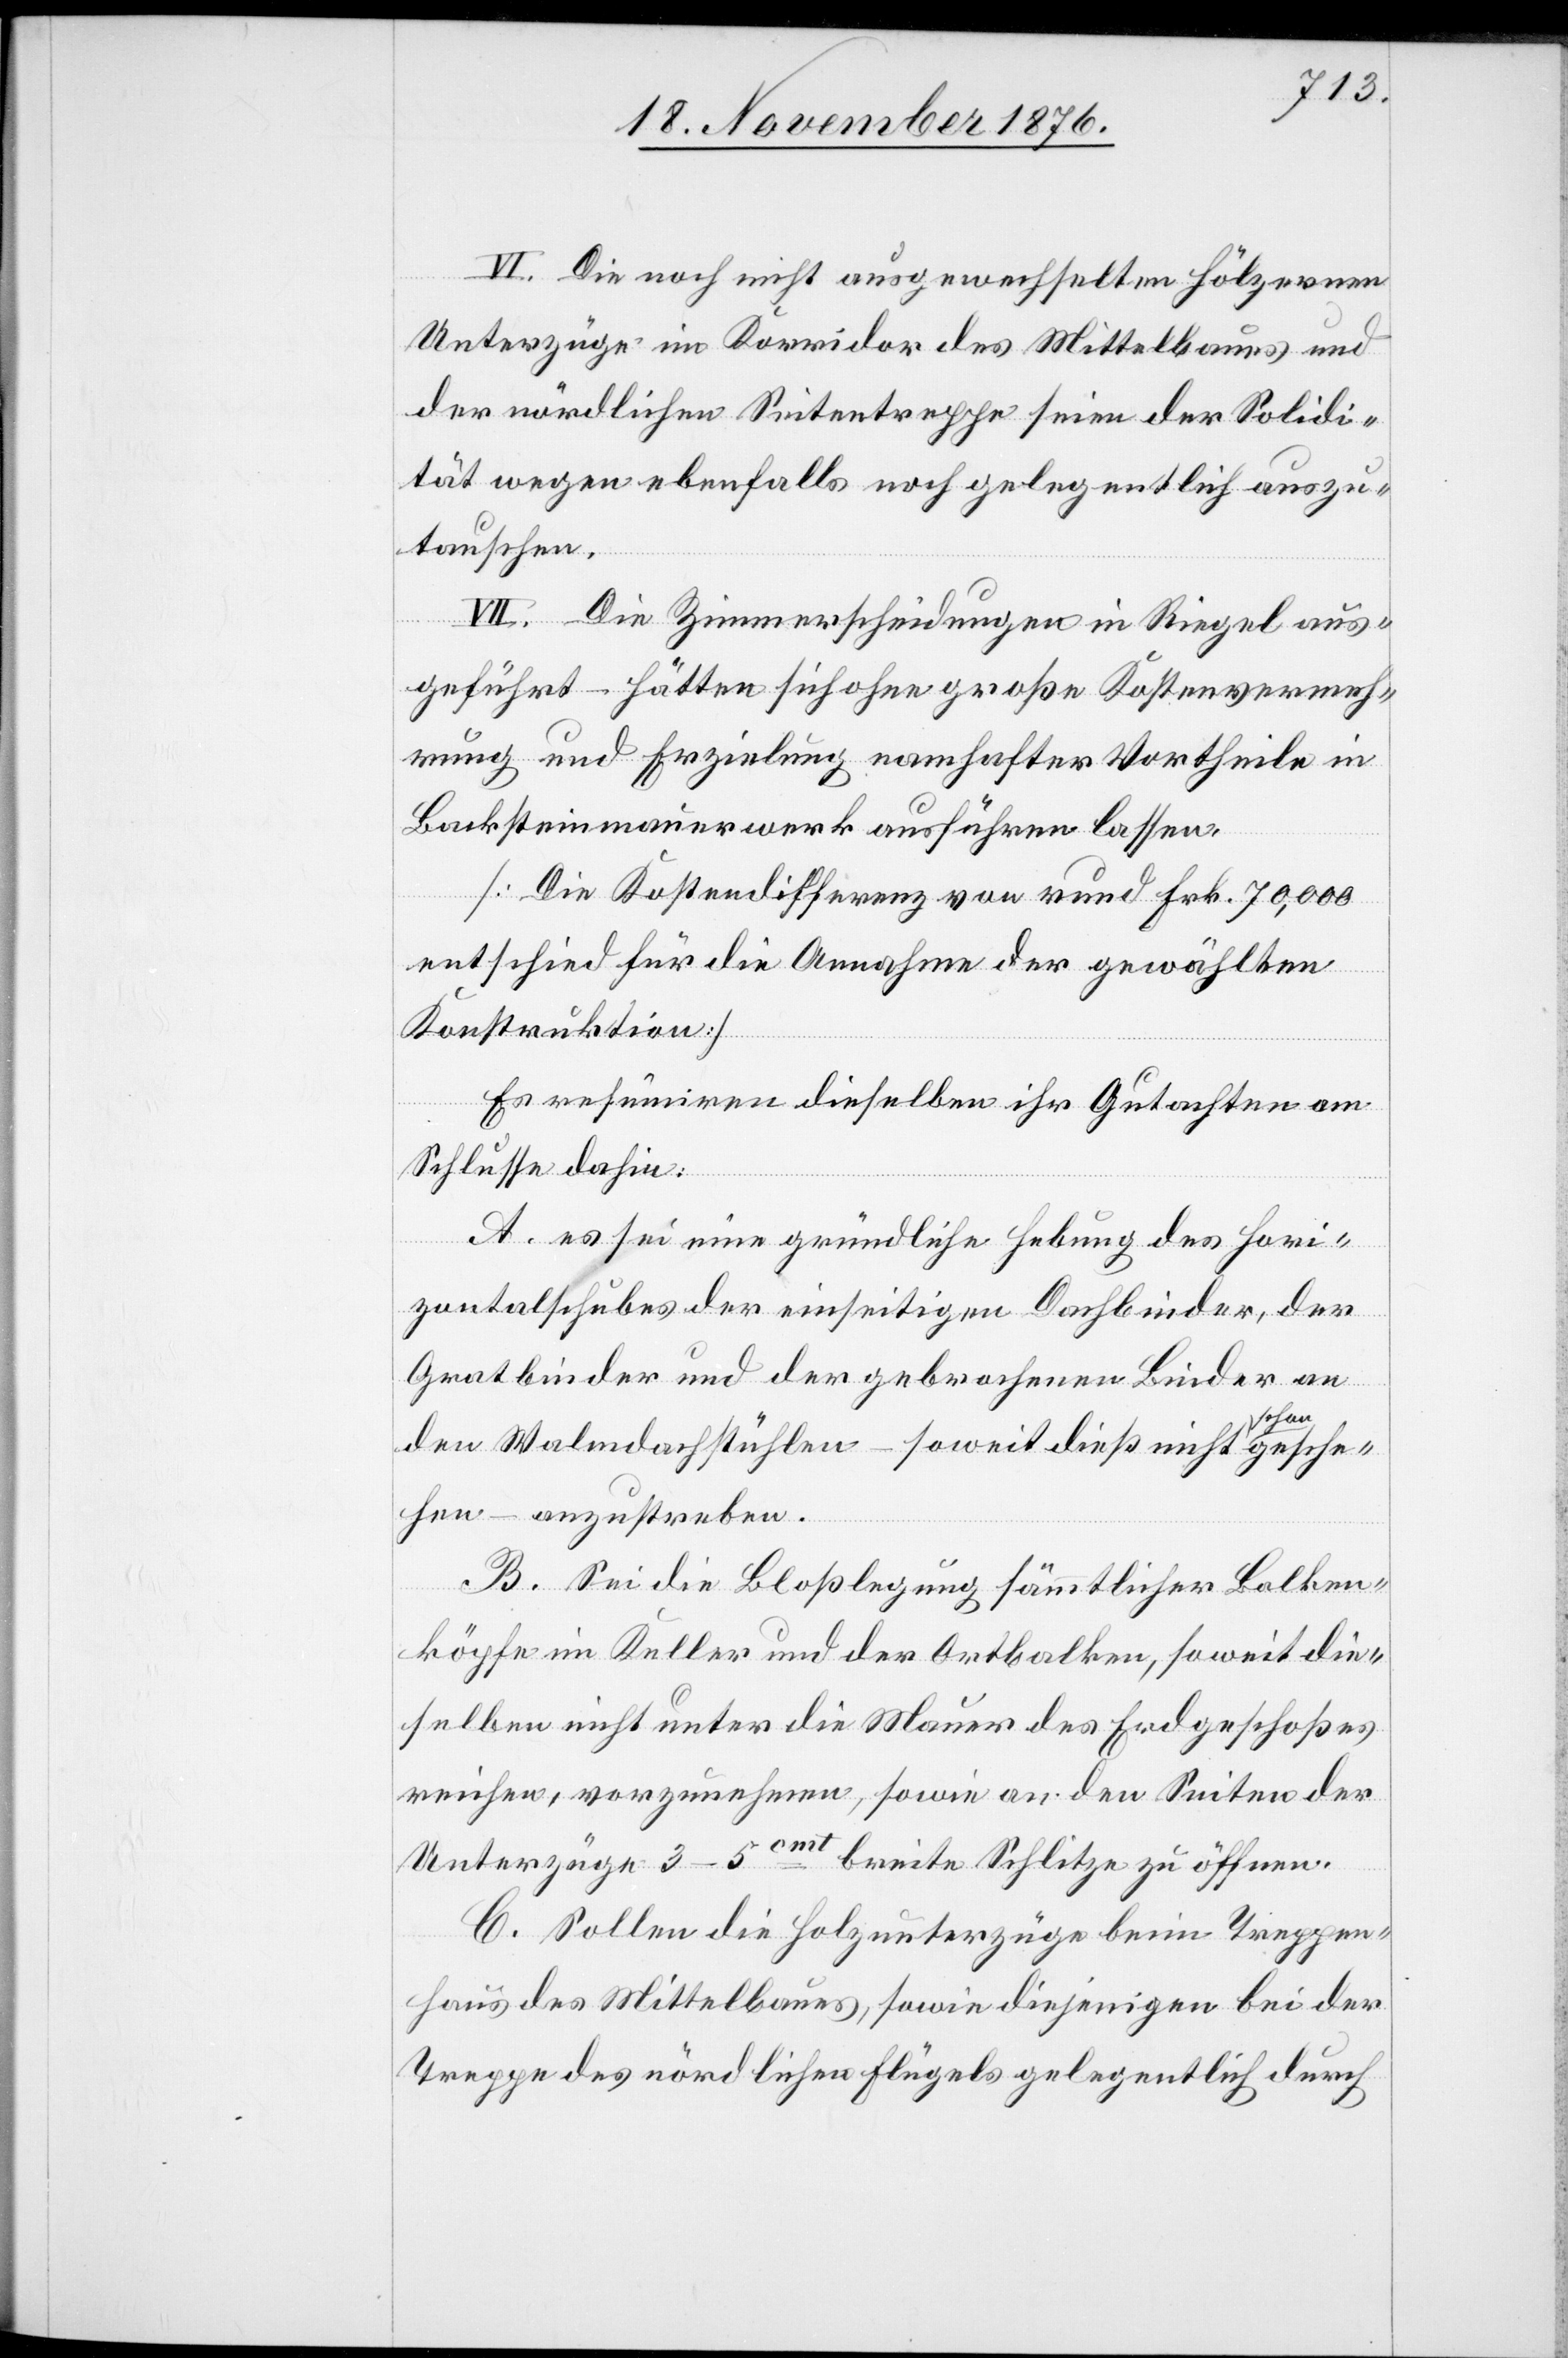
VI. Die noch nicht ausgewechselten hölzernen
Unterzüge im Korridor des Mittelbaues und
der nördlichen Seitentreppe seien der Solidi¬
tät wegen ebenfalls noch gelegentlich auszu¬
tauschen.
VII. Die Zimmerscheidungen in Riegel aus¬
geführt – hätten sich ohne große Kostenvermeh¬
rung und Erzielung namhafter Vortheile in
Backsteinmauerwerk ausführen lassen.
[Die Kostendifferenz von rund Frk. 70,000
entschied für die Annahme der gewählten
Konstruktion[.]]
Es resümiren dieselben ihr Gutachten am
Schlusse dahin:
[sic!] sei eine gründliche Hebung des Hori¬
zotalschubes der einseitigen Dachbinder, der
Gratbinder und der gebrochenen Binder an
gesche¬
den Walmdachstühlen – soweit dieß nicht schon
hen – anzustreben.
B. Sei die Bloßlegung sämmtlicher Balken¬
köpfe im Keller und der Ortbalken, soweit die¬
selben nicht unter die Mauer des Erdgeschoßes
reichen, vorzunehmen, sowie an den Seiten der
Unterzüge 3–5cmt breite Schlitze zu öffnen.
C. Sollen die Holzunterzüge beim Treppen¬
haus des Mittelbaues, sowie diejenigen bei der
Treppe des nördlichen Flügels gelegentlich durch